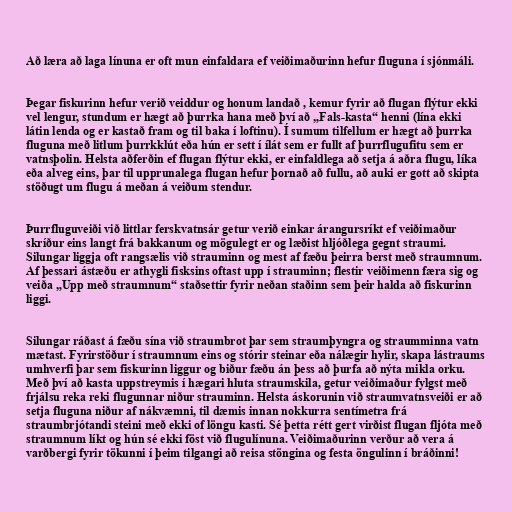
Að læra að laga línuna er oft mun einfaldara ef veiðimaðurinn hefur fluguna í sjónmáli.

Þegar fiskurinn hefur verið veiddur og honum landað , kemur fyrir að flugan flýtur ekki
vel lengur, stundum er hægt að þurrka hana með því að „Fals-kasta“ henni (lína ekki
látin lenda og er kastað fram og til baka í loftinu). Í sumum tilfellum er hægt að þurrka
fluguna með litlum þurrkklút eða hún er sett í ílát sem er fullt af þurrflugufitu sem er
vatnsþolin. Helsta aðferðin ef flugan flýtur ekki, er einfaldlega að setja á aðra flugu, líka
eða alveg eins, þar til upprunalega flugan hefur þornað að fullu, að auki er gott að skipta
stöðugt um flugu á meðan á veiðum stendur.

Þurrfluguveiði við littlar ferskvatnsár getur verið einkar árangursríkt ef veiðimaður
skríður eins langt frá bakkanum og mögulegt er og læðist hljóðlega gegnt straumi.
Silungar liggja oft rangsælis við strauminn og mest af fæðu þeirra berst með straumnum.
Af þessari ástæðu er athygli fisksins oftast upp í strauminn; flestir veiðimenn færa sig og
veiða „Upp með straumnum“ staðsettir fyrir neðan staðinn sem þeir halda að fiskurinn
liggi.

Silungar ráðast á fæðu sína við straumbrot þar sem straumþyngra og straumminna vatn
mætast. Fyrirstöður í straumnum eins og stórir steinar eða nálægir hylir, skapa lástraums
umhverfi þar sem fiskurinn liggur og biður fæðu án þess að þurfa að nýta mikla orku.
Með því að kasta uppstreymis í hægari hluta straumskila, getur veiðimaður fylgst með
frjálsu reka reki flugunnar niður strauminn. Helsta áskorunin við straumvatnsveiði er að
setja fluguna niður af nákvæmni, til dæmis innan nokkurra sentímetra frá
straumbrjótandi steini með ekki of löngu kasti. Sé þetta rétt gert virðist flugan fljóta með
straumnum líkt og hún sé ekki föst við flugulínuna. Veiðimaðurinn verður að vera á
varðbergi fyrir tökunni í þeim tilgangi að reisa stöngina og festa öngulinn í bráðinni!